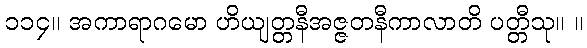
၁၁၄။ အကာရာဂမော ဟိယျတ္တနီအဇ္ဇတနီကာလာတိ ပတ္တီသု။ ။